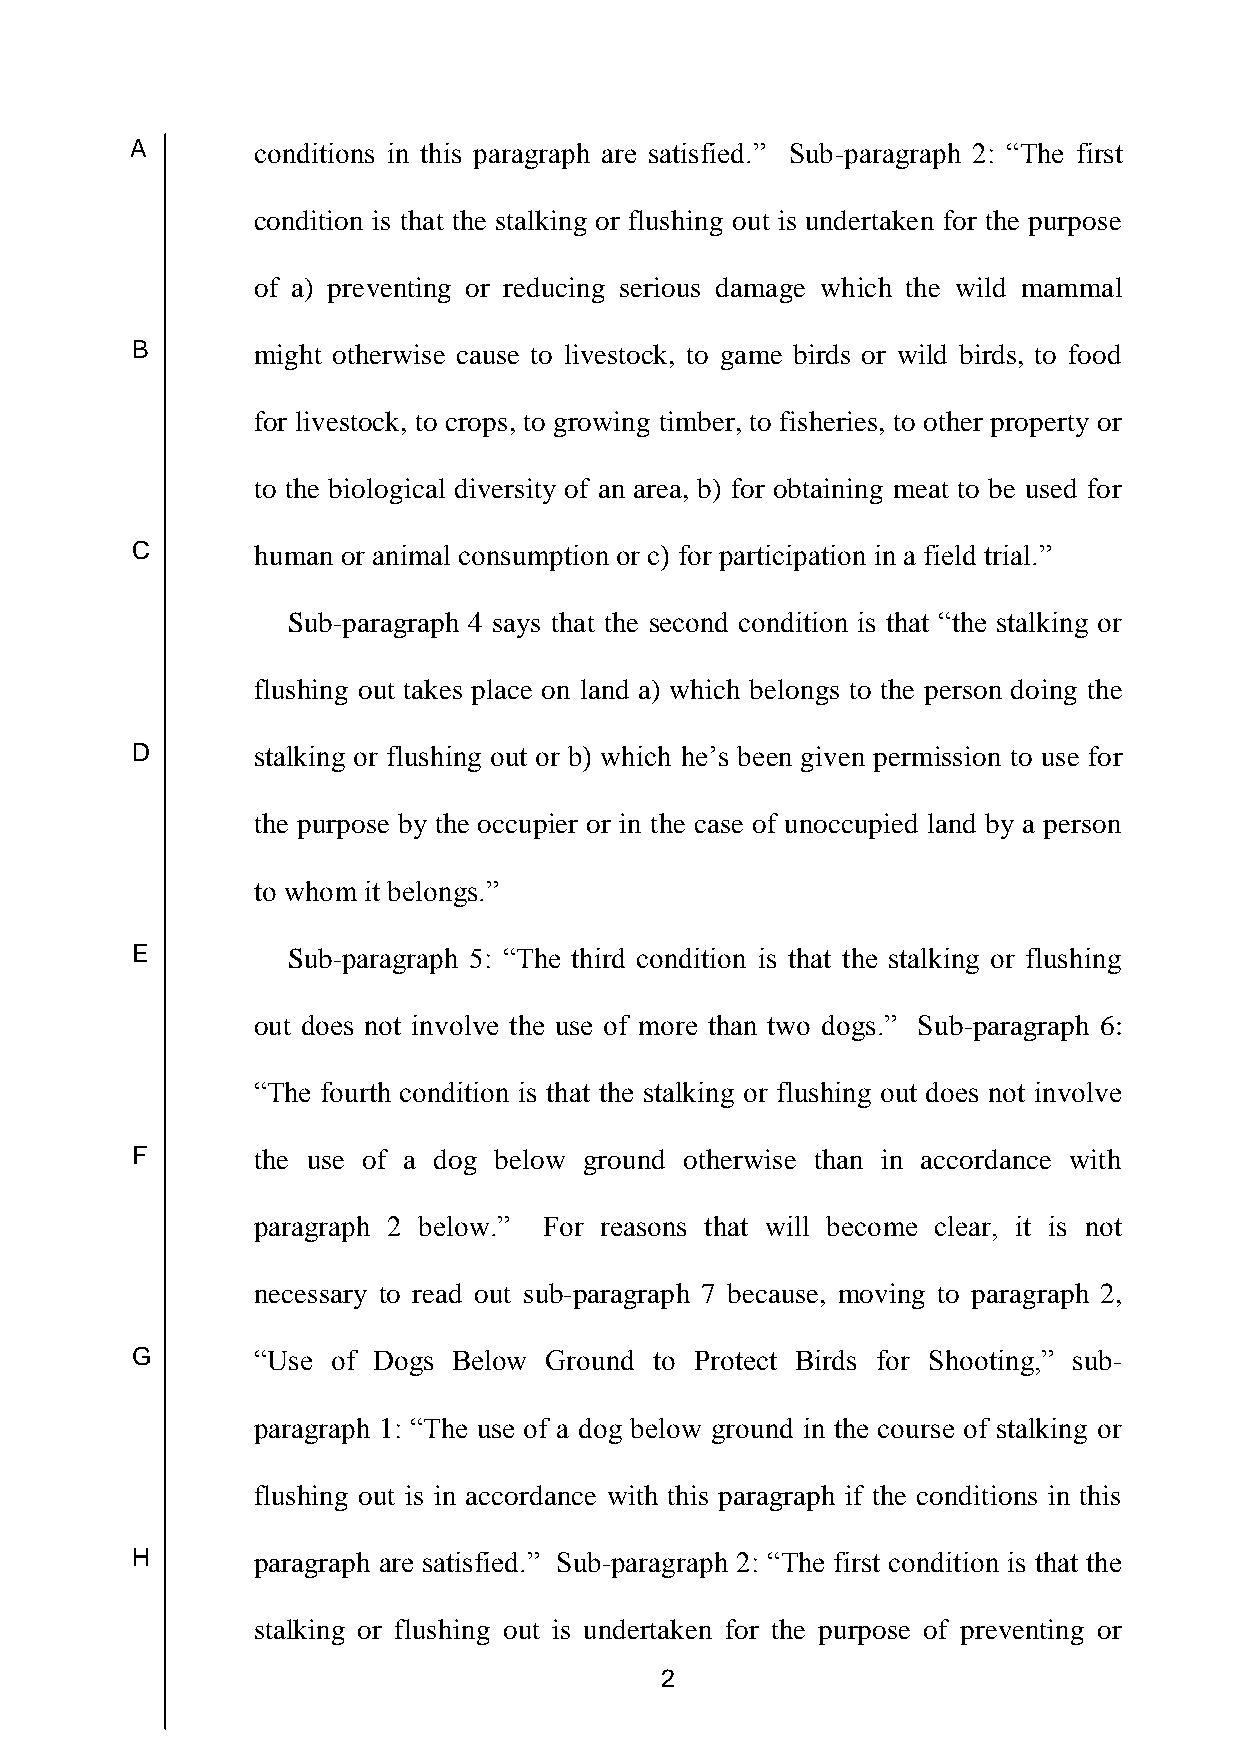
A       conditions in this paragraph are satisfied.” Sub-paragraph 2: “The first
 condition is that the stalking or flushing out is undertaken for the purpose
 of a) preventing or reducing serious damage which the wild mammal
 B       might otherwise cause to livestock, to game birds or wild birds, to food
 for livestock, to crops, to growing timber, to fisheries, to other property or
 to the biological diversity of an area, b) for obtaining meat to be used for
 C       human or animal consumption or c) for participation in a field trial.”
 Sub-paragraph 4 says that the second condition is that “the stalking or
 flushing out takes place on land a) which belongs to the person doing the
 D       stalking or flushing out or b) which he’s been given permission to use for
 the purpose by the occupier or in the case of unoccupied land by a person
 to whom it belongs.”
 E         Sub-paragraph 5: “The third condition is that the stalking or flushing
 out does not involve the use of more than two dogs.” Sub-paragraph 6:
 “The fourth condition is that the stalking or flushing out does not involve
 F       the use of a dog below ground otherwise than in accordance with
 paragraph 2 below.” For reasons that will become clear, it is not
 necessary to read out sub-paragraph 7 because, moving to paragraph 2,
 G       “Use of Dogs Below Ground to Protect Birds for Shooting,” sub-
 paragraph 1: “The use of a dog below ground in the course of stalking or
 flushing out is in accordance with this paragraph if the conditions in this
 H       paragraph are satisfied.” Sub-paragraph 2: “The first condition is that the
 stalking or flushing out is undertaken for the purpose of preventing or
 2